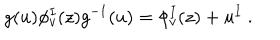
LaTeX: g ( u ) \phi _ { v } ^ { I } ( z ) g ^ { - 1 } ( u ) = \phi _ { v } ^ { I } ( z ) + u ^ { I } ~ .